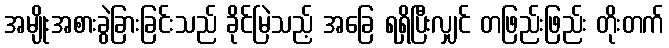
အမျိုးအစားခွဲခြားခြင်းသည် ခိုင်မြဲသည့် အခြေ ရရှိပြီးလျှင် တဖြည်းဖြည်း တိုးတက်